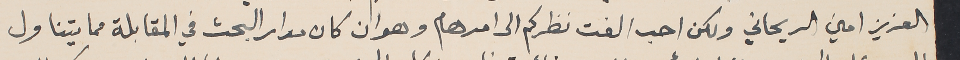
العزيز امين الريحاني ولكن احب الفت نطركم الى امر هام وهو ان كان مدار البحث في المقابلة مما يتناول